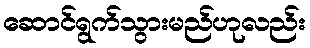
ဆောင်ရွက်သွားမည်ဟုလည်း